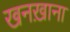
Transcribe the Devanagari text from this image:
खनख़ाना